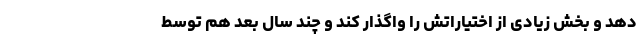
دهد و بخش زیادی از اختیاراتش را واگذار کند و چند سال بعد هم توسط